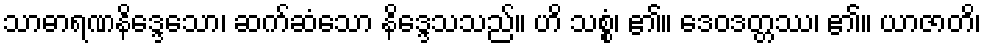
သာဓာရဏနိဒ္ဒေသော၊ ဆက်ဆံသော နိဒ္ဒေသသည်။ ဟိ သစ္စံ၊ ၏။ ဒေဝဒတ္တဿ၊ ၏။ ယာဇာတိ၊